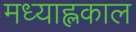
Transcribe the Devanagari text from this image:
मध्याह्लकाल